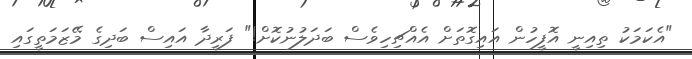
"އެކަމަކު ތިއިނީ އޮފީހުން އައިގޮތަށް އެއްޗިހިވެސް ބަދަލުނުކޮށް!" ފަރީދާ އައިސް ބަދިގެ މޭޒަމަތީގައި